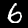
Label: 6